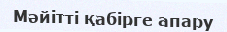
Мәйітті қабірге апару